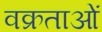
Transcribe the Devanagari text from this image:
वक्रताओं